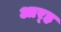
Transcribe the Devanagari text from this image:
आर्‍ह